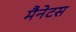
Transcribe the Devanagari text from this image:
मैनेटस